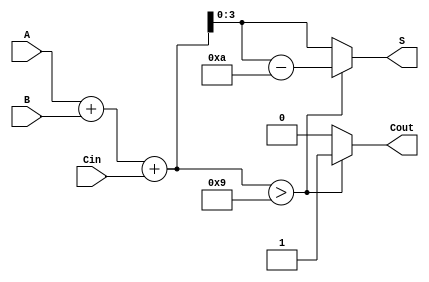
module BCD_Hybrid_Adder (
    input  wire [3:0] A,    // First BCD digit
    input  wire [3:0] B,    // Second BCD digit
    input  wire        Cin,  // Carry input
    output reg  [3:0] S,     // BCD result
    output reg         Cout   // Carry output
);

    wire [4:0] Sum; // 5-bit sum to accommodate carry

    // Step 1: Perform binary addition
    assign Sum = A + B + Cin;

    // Step 2: BCD correction
    always @(*) begin
        if (Sum > 9) begin
            S = Sum - 10; // Adjust to valid BCD
            Cout = 1;     // Set carry out
        end else begin
            S = Sum;      // Valid BCD
            Cout = 0;    // No carry out
        end
    end

endmodule